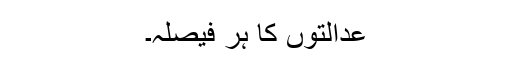
عدالتوں کا ہر فیصلہ۔